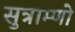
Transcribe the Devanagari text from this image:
सुत्राम्णो